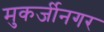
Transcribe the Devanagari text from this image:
मुकर्जीनगर